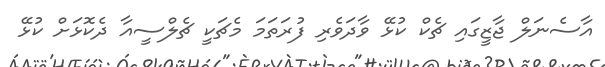
އާސެނަލް ޖާޒީގައި ޗެކް ކުޅޭ ވާދަވެރި ފުރަތަމަ މެޗަކީ ޗެލްސީއާ ދެކޮޅަށް ކުޅޭ